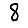
Digit: 8